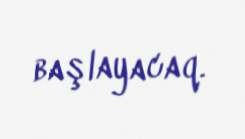
başlayacaq.